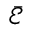
\bar { \mathcal { E } }